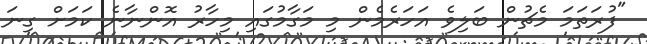
"ފުރަތަމަ މެޗުން ބަލިވެ އަހަރެމެން މި މަގާމުގައި މިހާރު އޮންނާނެ ކަމަށް ގިނަ